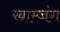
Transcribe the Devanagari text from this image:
खाम्जंग